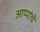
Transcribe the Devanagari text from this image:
आप्पांचे